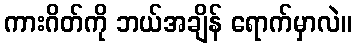
ကားဂိတ်ကို ဘယ်အချိန် ရောက်မှာလဲ။